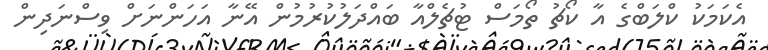
އެކަމަކު ކްލަބްގެ އާ ކޯޗު ތޯމަސް ޓުޗެލްއާ ބައްދަލުކުރުމުން އޭނާ އަހަންނަށް ވިސްނަދިން